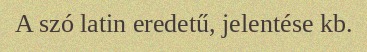
A szó latin eredetű, jelentése kb.